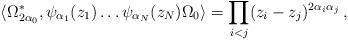
LaTeX: \begin{align*} \langle\Omega_{2\alpha_0}^*,\psi_{\alpha_1}(z_1)\ldots\psi_{\alpha_N}(z_N) \Omega_0\rangle = \prod_{i<j}(z_i-z_j)^{2\alpha_i\alpha_j}\,,\end{align*}